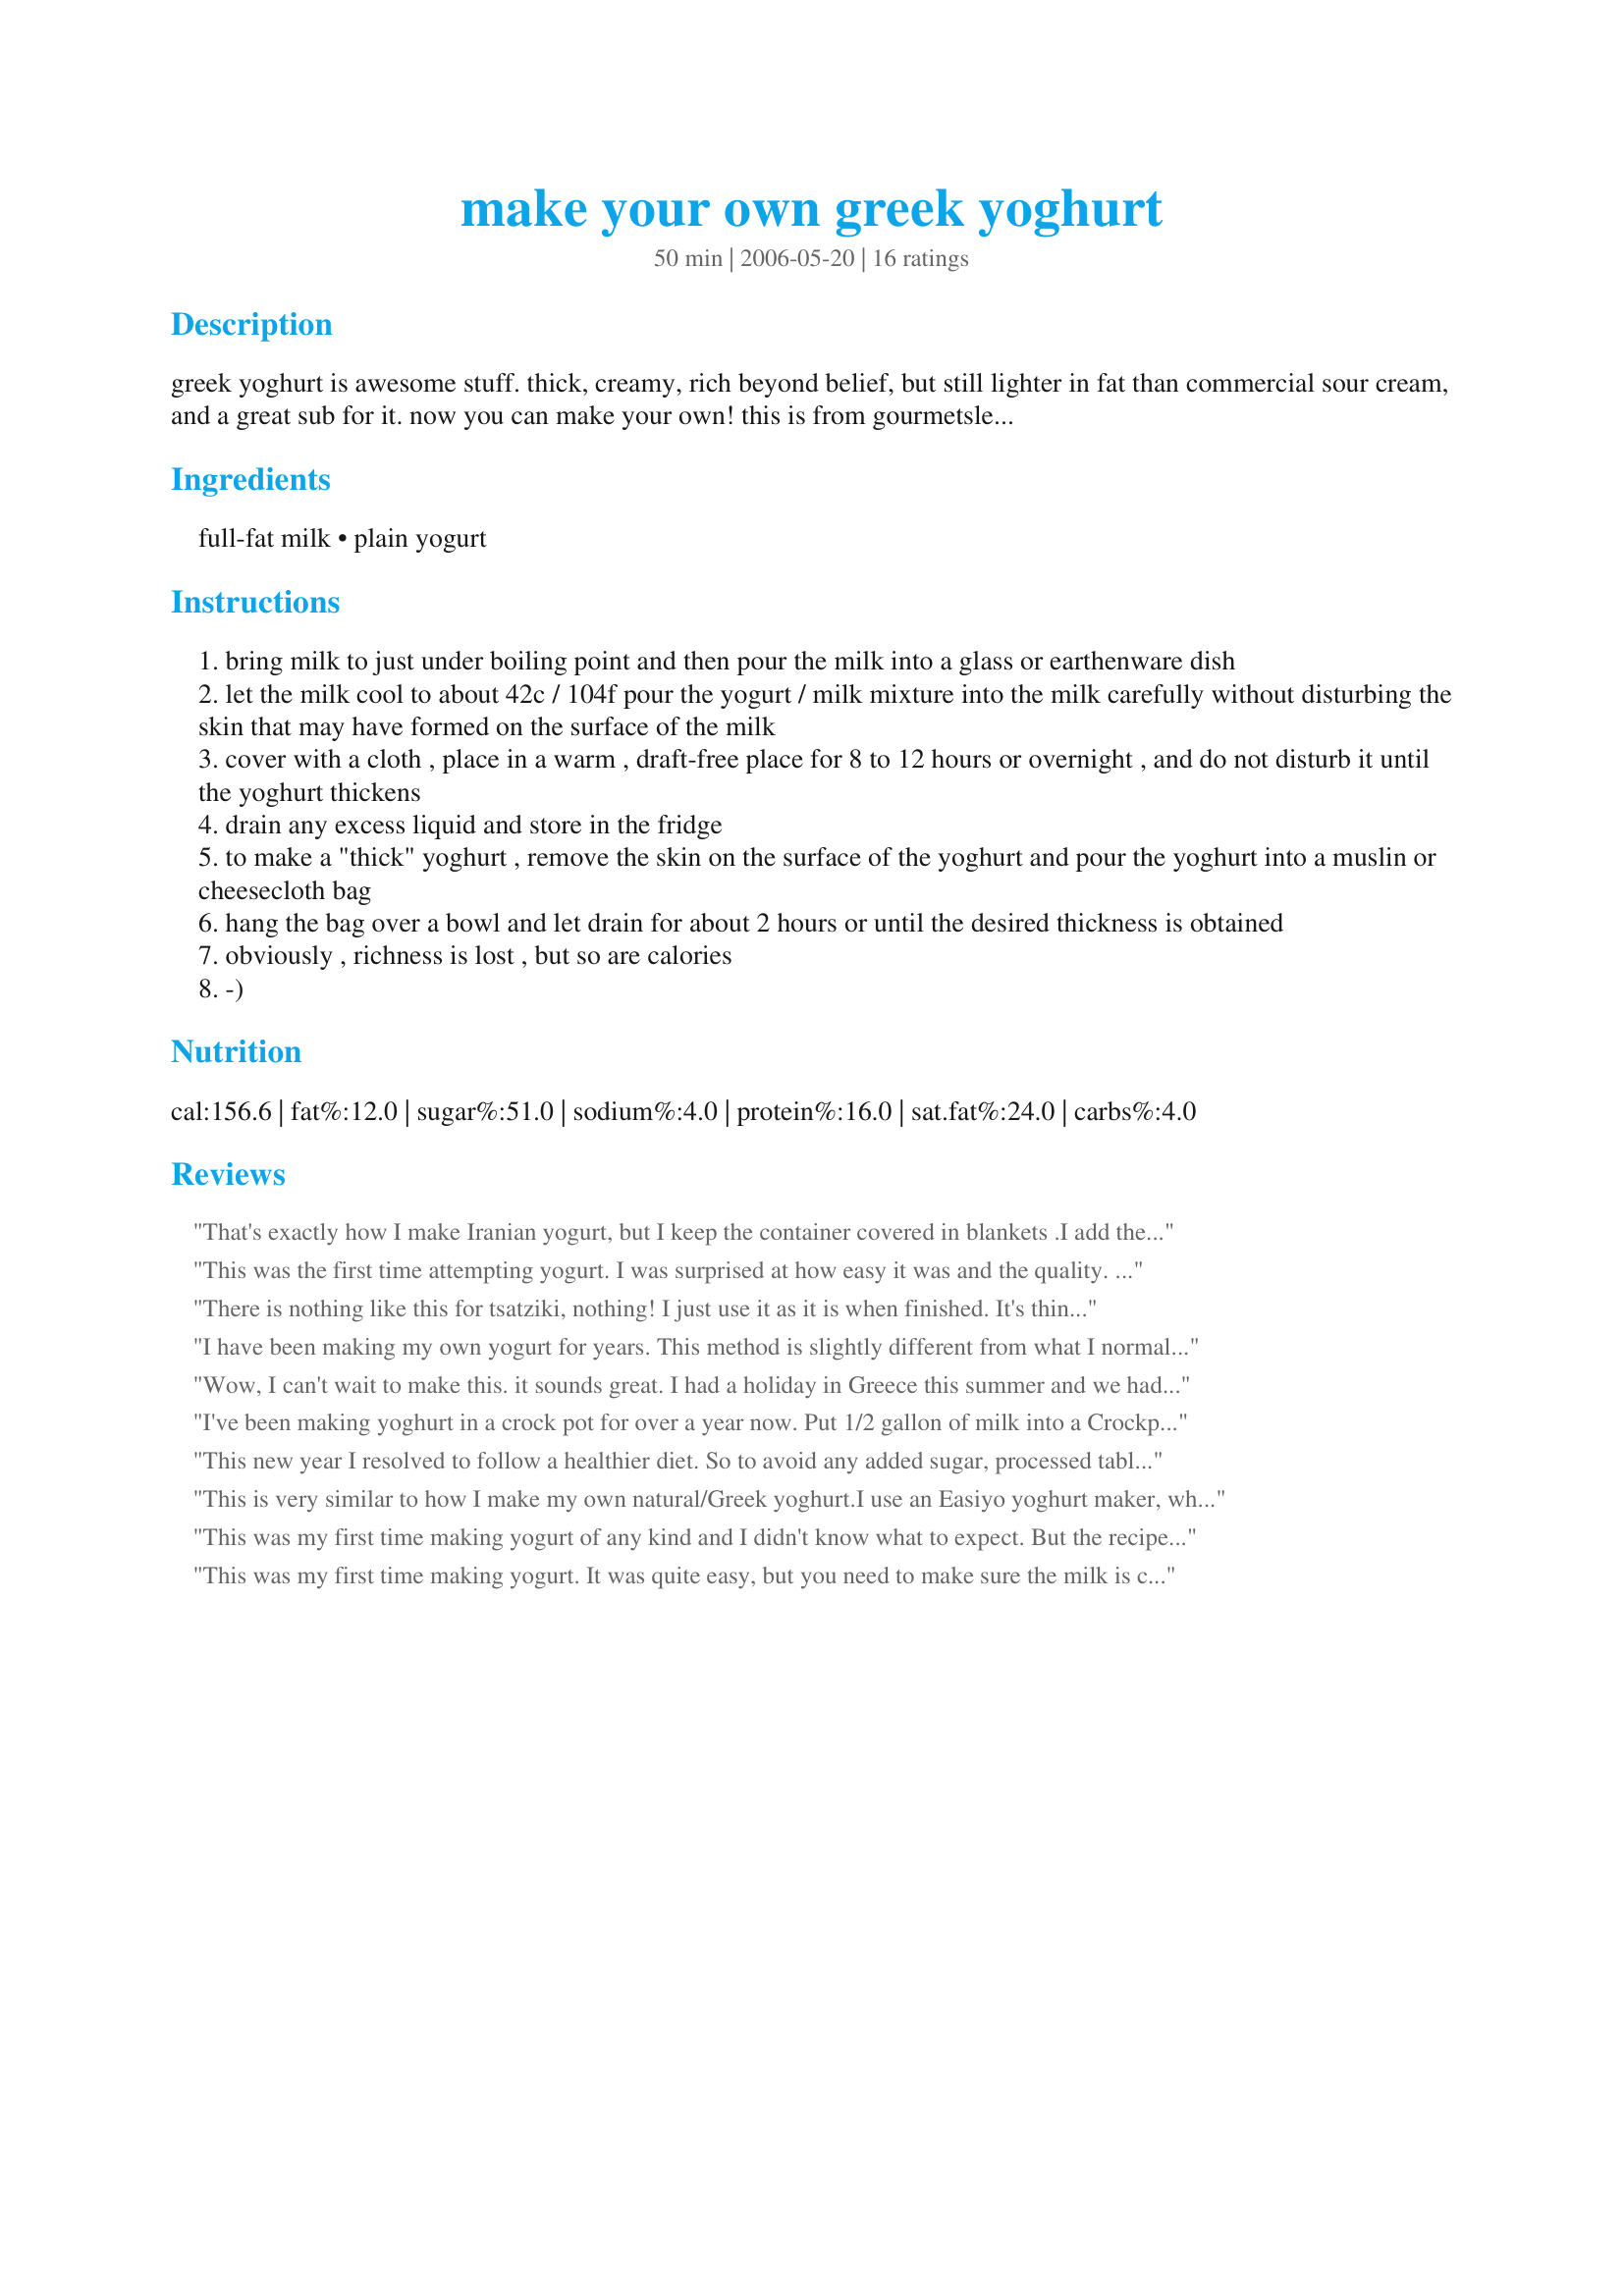
make your own greek yoghurt
Preparation time: 50 minutes

greek yoghurt is awesome stuff. thick, creamy, rich beyond belief, but still lighter in fat than commercial sour cream, and a great sub for it. now you can make your own! this is from gourmetsleuth.com. time to make is approximate, as there is an overnight process involved.

Ingredients:
full-fat milk, plain yogurt

Steps:
bring milk to just under boiling point and then pour the milk into a glass or earthenware dish
let the milk cool to about 42c / 104f pour the yogurt / milk mixture into the milk carefully without disturbing the skin that may have formed on the surface of the milk
cover with a cloth , place in a warm , draft-free place for 8 to 12 hours or overnight , and do not disturb it until the yoghurt thickens
drain any excess liquid and store in the fridge
to make a "thick" yoghurt , remove the skin on the surface of the yoghurt and pour the yoghurt into a muslin or cheesecloth bag
hang the bag over a bowl and let drain for about 2 hours or until the desired thickness is obtained
obviously , richness is lost , but so are calories
-)

Reviews:
That's exactly how I make Iranian yogurt, but I keep the container covered in blankets .I add the milk when I can keep my pinky in till I count to ten. Make sure to use full-fat milk as the results are not the same with the skim milk.
This was the first time attempting yogurt. I was surprised at how easy it was and the quality. I did strain it and it turned out wonderful and thick. I used it Recipe #80959, my tzatziki has never been this good.
There is nothing like this for tsatziki, nothing! I just use it as it is when finished. It's thinner than commercial but tastes so much better.
Thanks, Ev!
I have been making my own yogurt for years. This method is slightly different from what I normally do. The end result is a wonderfully thick, rich yogurt with a nice twang. I prepared the milk, added the culture and placed in it my oven with the light on overnight. Then I drained it for a couple of hours in my yogurt strainers. Delicious, easy and economical.
Wow, I can't wait to make this. it sounds great. I had a holiday in Greece this summer and we had greek yoghurt every day. We have bought greek style yoghurt since getting home but it just doesn't taste the same. I am keeping my fingers crossed that this can re-create our holiday mood!
I've been making yoghurt in a crock pot for over a year now. Put 1/2 gallon of milk into a Crockpot. Heat on high until it reaches 180 or so (note the time and you'll never need to check the temperature again). Let it cool down to 105 or so (again; note how long this takes; in my crockpot it takes about 2 hours 45 minutes to heat and almost 3 and a half hours to cool). Whisk in 1/2 cup of good yoghurt with live cultures and wrap your crockpot in blankets or towels; leave for 8-12 hours (I usually start this process around 2 pm and let it sit overnight). Perfect yoghurt every time! You can strain it to make greek yoghurt. I find that wide-mouth quart jars are perfect to store the yoghurt; I even found a funnel on line that makes it easier to fill the jars without making a mess. Active work time: about 5 minutes. And only one pot to clean!
This new year I resolved to follow a healthier diet. So to avoid any added sugar, processed table salt, preservatives and additives, I've been learning how to make some of the foods I normally eat, like yoghurt. The first time I tried this recipe, I made the mistake of heating the milk on high heat so it burned on the bottom of the saucepan. The second mistake that I made was that I didn't mix the room temperature plain yoghurt "starter"/added milk into the cooled milk. I just added it without mixing it. The third (!) mistake I made was that I didn't leave the light on in the oven (for low heat) so my first attempt at making Greek yoghurt was an utter failure! The second time I tried, I heated the milk in a double boiler. I also looked at the yoghurt recipe in Joy of Cooking and it said to heat the milk to 180 degrees F. I couldn't find my yoghurt thermometer so I used a candy thermometer. I waited a long time and the milk only heated up to about 170 degrees F. It wouldn't heat higher than that in the double boiler (according to the candy thermometer). I decided to go with this and proceeded to let the milk cool down. This time I also stirred in the yoghurt starter/milk mixture, then wrapped up the bowl in a large thick warm towel and left it in the oven with the light on. The recipe in the Joy of Cooking cookbook said that if yoghurt was used as a starter, it should only take 3 to 4 hours to solidify; and that if a starter was used, it would take 8 hours or more. I checked my yoghurt at 6 hours and it was done enough. Only a small amount of liquid was present. It is very creamy and tasty. I have some every morning with my breakfast. Thanks for the recipe!<br/><br/>Further to the review I wrote on Jan 19, I am still making this yoghurt every few days. I drain it to the consistency of whipped cream. If you heat the milk in a double boiler with the lid on, it should take about 20 minutes to reach 180 degrees F. To cool it down to 110 degrees F it takes about 45 minutes (with the lid off) and on a trivet. I eat this yoghurt every morning sprinkled with Hemp Hearts (an excellent source of protein, fiber and healthy oils). When I crave something sweet, I eat some with a little bit of raw natural honey mixed in. I'm addicted!
This is very similar to how I make my own natural/Greek yoghurt.<br/><br/>I use an Easiyo yoghurt maker, which is really just a glorified Thermos, using the same ingredients.<br/>I heat the milk, cool to 30 degrees C, add some yoghurt leftover from the last batch, then add the container to the Easiyo maker along with some boiling water as per the manufacturer's instructions. The next morning, there is lots of creamy yoghurt with the whey on top, which I just drain off. Not bad for $1 for a litre of milk!!
This was my first time making yogurt of any kind and I didn't know what to expect. But the recipe instructions were very easy to follow, walking me step-by-step through the process. I placed the yogurt/milk mixture in the same cozy warm spot where I allow all my breads to rise. After 7-8 hours my very own first batch of authentic delicious Greek yoghurt was complete. I chose not to strain the yoghurt because I was happy with the rich and creamy texture it had already achieved. I enjoyed learning how to make Greek yoghurt ~ Thanks!
This was my first time making yogurt. It was quite easy, but you need to make sure the milk is cooled enough. My first batch I threw out because the milk was too hot and I think it killed the culture. Second time I used a thermometer and it worked great.
I bought a small container of Greek yogurt at the store out of curiosity and was immediately addicted. But at a dollar per serving, I knew I had to find a way to make this at home.

I've been making this recipe for about 6 months now, and it's awesome! I've tried it with both skim milk and whole milk, both with very good results. I've also upped the yield by heating up a gallon of milk and using an entire serving of cheap-o plain yogurt for the culture.

Just really keep an eye on the temperature with this recipe, and all will turn out fine! I once took the milk off the heat before it was hot enough, and I ended up with runny, gross yogurt that came through the cheesecloth. What a waste!

Also, something I just tried with today's batch which works wonders -- place the cheesecloth in an embroidery ring slightly bigger than the bowl that you're using to catch the drippings, making sure the cloth is very taut. Just place the ring over the bowl's mouth, pour the yogurt on the surface of the cheesecloth, and let it drain. This keeps your yogurt from sagging down into the drippings, allows you to not rig up some intricate yogurt-bag-hanging arrangement, and, best of all, cleanup is a BREEZE!

Love this recipe! Thank you for posting this, Evelyn/Athens!
You came to my rescue with this recipe! I've looked everywhere near me for Greek yoghurt to no avail. My search is over now! I used this recipe to prepare another of yours, Greek Yoghurt and Fruit Salad Recipe #166623. Even though I cut it short on time (6 hours) it was still wonderful. Thanks so much! 

While on vacation, and after hearing many recommendations, I tasted Greek Yoghurt. I tried the Fage brand which was great. The yogurt taste was more pronounced that I am accustomed to with my cheap store brand but the texture is such that you want to TRY things with it. Anyhow there was simply NO Greek Yoghurt to be found in my neck of the woods in north central KS so of course I come to 'zaar and the indispensible recipes of evelyn/athens. I am dieting so I made it with skim milk. It is so easy it is embarassing. The directions are great. I let it set in the oven with the oven light on (as in the light that lets you see into the oven, not the pilot light since my oven is electric). And then I drained it. If you weren't planning to drain it, you might as well go get yourself some Dannon FF yogurt. The draining step is transformative to taste and texture. I see gyros in my future. Anyhow the future will tell on how often I do this but since it's not hard, I think I will be doing it occasionally. RECOMMENDED! Tonight, I had some with a little sweetener and vanilla and it was fantastic. THANKS, Evelyn!
Oh, YUM! I ate it this morning with raw honey and oats sprinkled on top and LOVED it! I used 1/2 gallon of whole milk and probably about 3 tbsp Stoneyfield light organic yogurt (didn't mean to get light, but it worked fine). I don't have a thermometer, so I used some previous reviewer's tips and cooled the milk until I could leave my finger in till ten (without yelling). Wrapped in doubled towels in the oven (I had turned it on warm for about 10 minutes) and left for 11 hrs. Overnight in the fridge, and delicious this morning! It was incredibly easy and made a TON of yogurt. My yogurt turned out very thick and creamy, but I'm still going to try draining a portion of it through a coffee filter today and see what comes of it. :) I also froze some small portions in an ice cube tray so that I have a baggie of ready-made starter for next time (I read several places that this works... will update if it does not). Thank you SO much for sharing this awesome, easy recipe!!
This was so easy, I will never buy yogurt again! I did not follow the direction to "not disturb the skin" as I read other recipes where this was not necessary, and I worried about not mixing the yogurt in. I took a couple tablespoons of the cooled milk and mixed it with about 2.5 tablespoons of store-bought organic Greek yogurt then mixed that into the rest. I wrapped the bowl with 2 towels and just left it on the counter as we had been having 90 degree days here and I figured it was hot enough. I left it about 11 hours (almost forgot about it) and it turned out delicious! I drained it through cheesecloth for a few hours, though next time I will mix some of the whey back in it because it is REALLY thick. I also froze the leftover whey in ice cube trays and am keeping the cubes in a container in my freezer. I pull some out and melt it to replace water in just about any recipe for added protein. Awesome!
Loved the result of this yogurt! I now see why my tzatziki never tastes like the tzatziki I had in Greece! This yogurt is so thick and so creamy! I had never made yogurt before and was so glad your instructions were easy to follow. This is also wonderful mixed with granola and fruit! Excellent Recipe!
